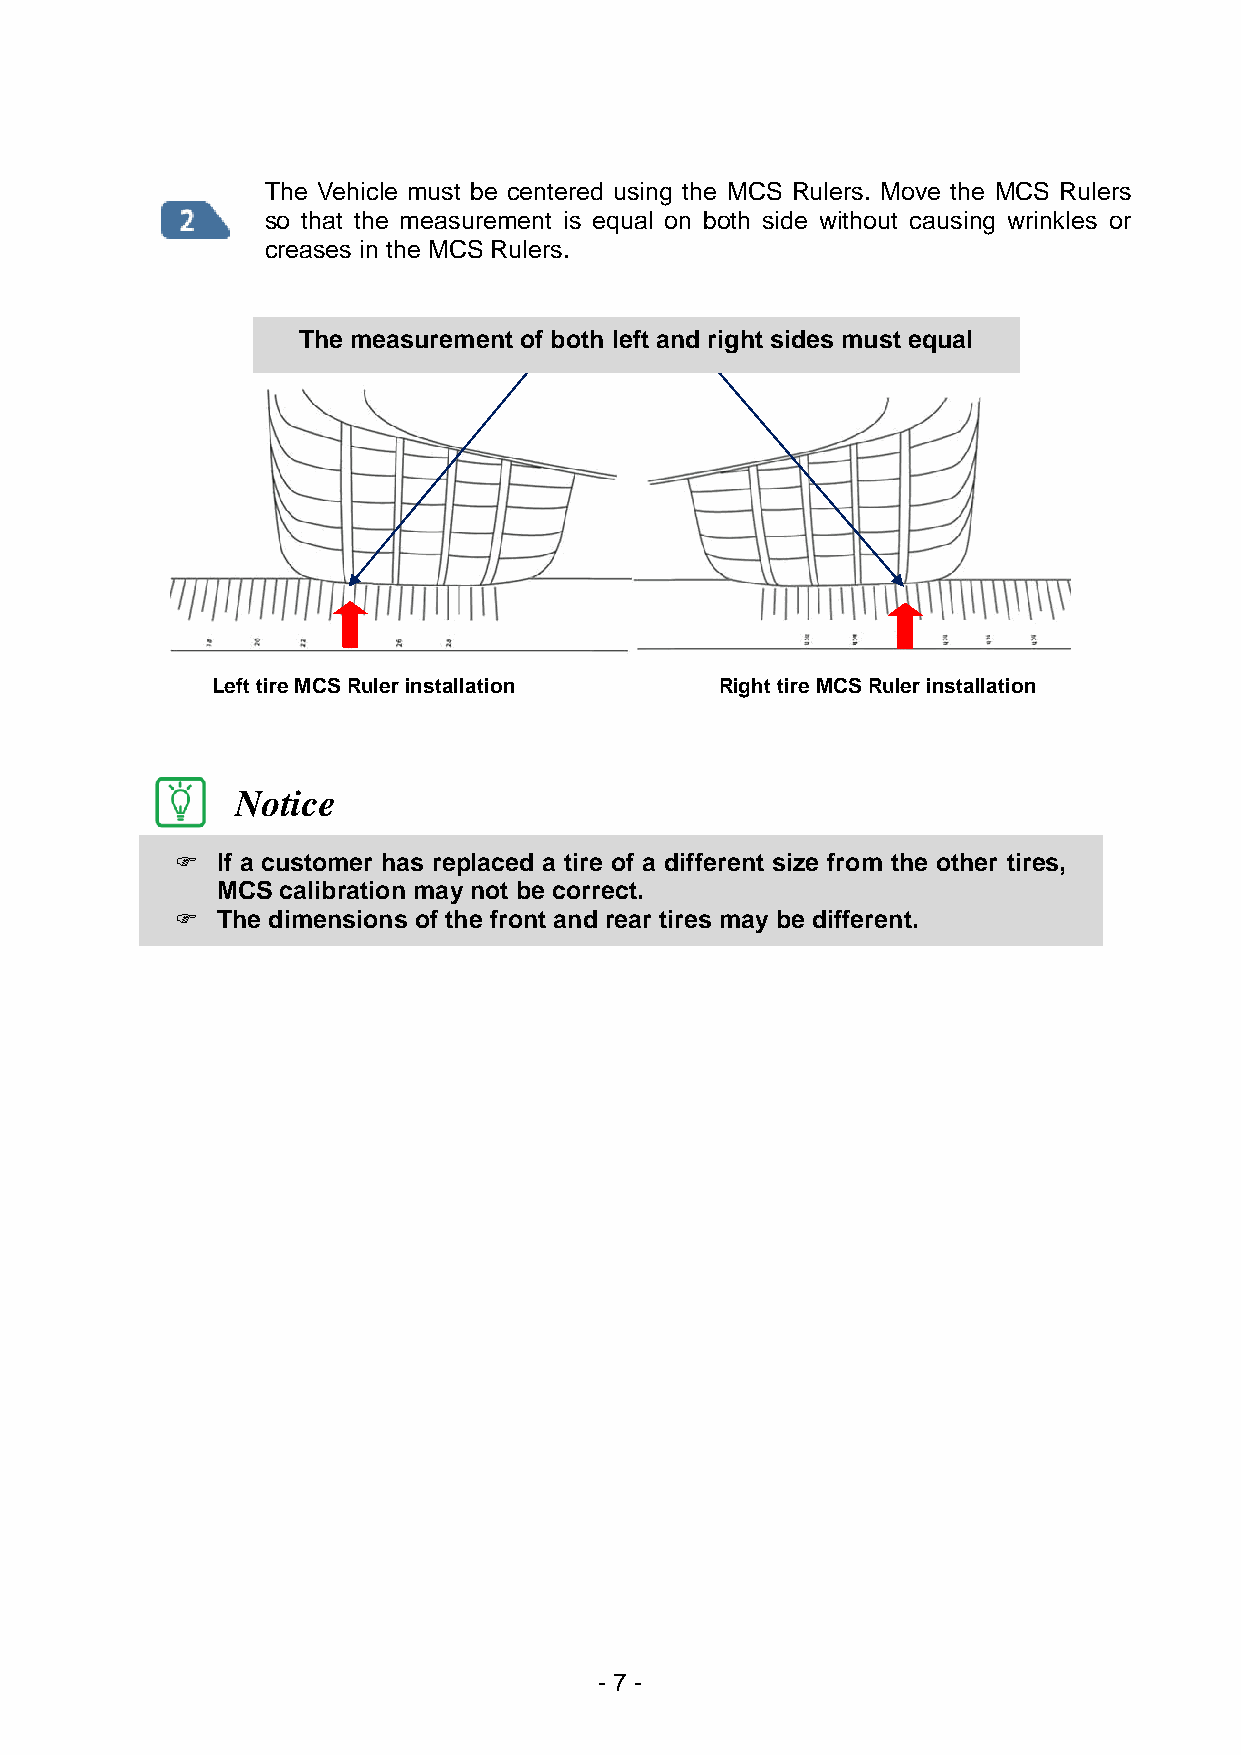
The Vehicle must be centered using the MCS Rulers. Move the MCS Rulers
 so that the measurement is equal on both side without causing wrinkles or
 creases in the MCS Rulers.
 The measurement of both left and right sides must equal
 Left tire MCS Ruler installation  Right tire MCS Ruler installation
 Notice
  If a customer has replaced a tire of a different size from the other tires,
 MCS calibration may not be correct.
  The dimensions of the front and rear tires may be different.
 - 7 -